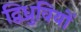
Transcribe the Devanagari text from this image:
द्विध्रुवियों